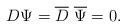
LaTeX: \begin{align*}D\Psi={\overline D}~{\overline \Psi}=0.\end{align*}